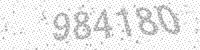
Solution: 984180